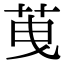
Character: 䒶